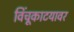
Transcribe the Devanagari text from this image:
विंचूकाटयावर